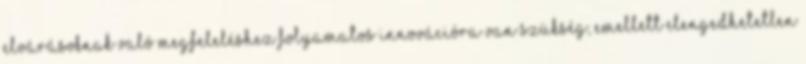
elvárásoknak való megfeleléshez folyamatos innovációra van szükség, emellett elengedhetetlen